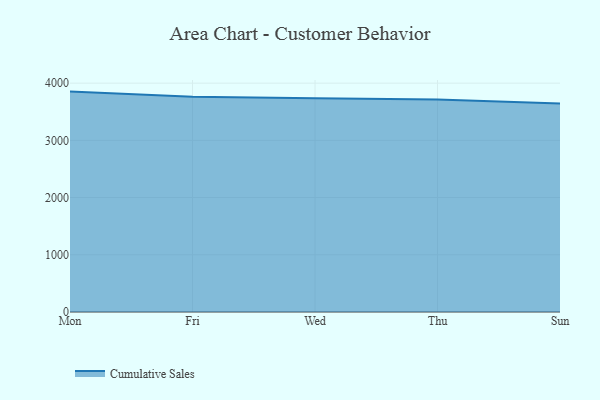
{"axis": {"x": "Day", "y": "Market Share (%)"}, "legend": ["Cumulative Sales"], "data": [{"x": "Mon", "y": 3852.1, "type": "Cumulative Sales"}, {"x": "Fri", "y": 3762.2, "type": "Cumulative Sales"}, {"x": "Wed", "y": 3735.5, "type": "Cumulative Sales"}, {"x": "Thu", "y": 3713.4, "type": "Cumulative Sales"}, {"x": "Sun", "y": 3645.8, "type": "Cumulative Sales"}]}